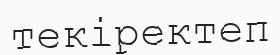
текіректеп